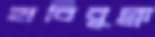
হাবিবুল্লা